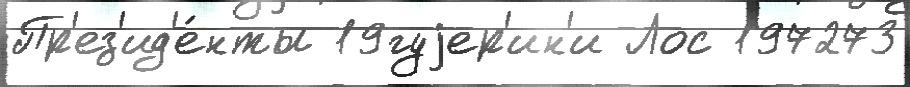
Пр'ез'ид'е́нты 19гуjер'ин'и Лос 197273